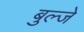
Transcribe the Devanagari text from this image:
बुल्जे